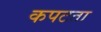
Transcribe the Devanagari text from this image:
कपटता